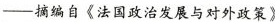
—摘编自《法国政治发展与对外政策》